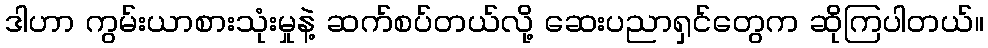
ဒါဟာ ကွမ်းယာစားသုံးမှုနဲ့ ဆက်စပ်တယ်လို့ ဆေးပညာရှင်တွေက ဆိုကြပါတယ်။